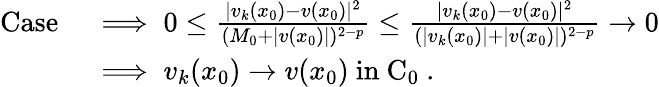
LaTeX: \begin{array}{rl}{\mathrm{Case~}}&{\implies 0\le\frac{|v_{k}(x_{0})-v(x_{0})|^{2}}{(M_{0}+|v(x_{0})|)^{2-p}}\le\frac{|v_{k}(x_{0})-v(x_{0})|^{2}}{(|v_{k}(x_{0})|+|v(x_{0})|)^{2-p}}\to 0}\\ &{\implies v_{k}(x_{0})\to v(x_{0})\mathrm{~in~C_0~}.}\end{array}